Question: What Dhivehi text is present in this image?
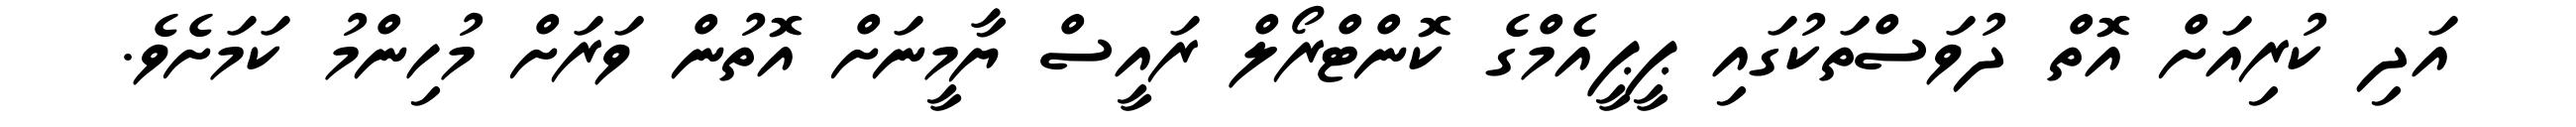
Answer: އަދި ކުރިއަށް އޮތް ދުވަސްތަކުގައި ޕީޕީއެމްގެ ކޮންޓްރޯލް ރައީސް ޔާމީނަށް އޮތުން ވަރަށް މުހިންމު ކަމަށެވެ.